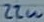
Text: 22u